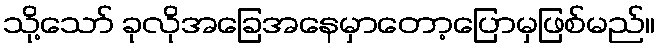
သို့သော် ခုလိုအခြေအနေမှာတော့ပြောမှဖြစ်မည်။